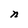
Character: n